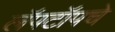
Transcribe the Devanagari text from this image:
लॅपटॉपचे